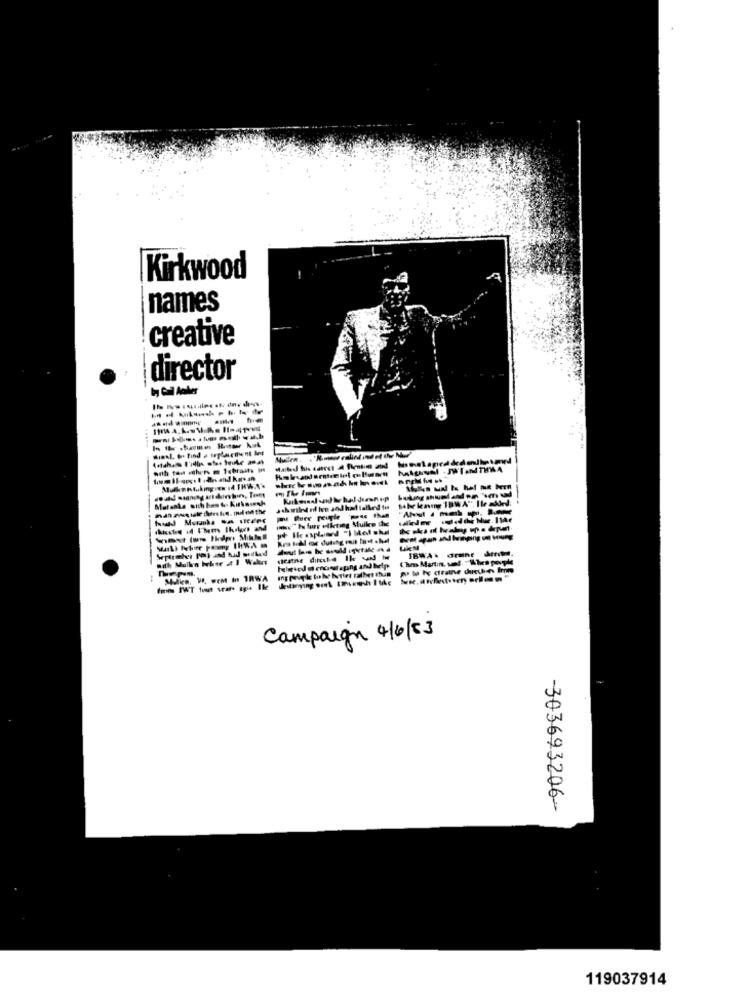
Kirkwood
names
creative
director
--
-----
manaus ide denhis. milda the
Jakwiled off Ien and had talked tu
wx" hu furr elketing Mulkey the
IBWA\ drune dmw.
adh Mulka Wher at I Walart
Campaign 4/6/53
303693206-
119037914